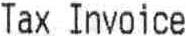
TAX INVOICE